Report of the Municipal Commissioner on the plague in Bombay for the year ending 31st May... - Volume 2
Disease focus: Plague
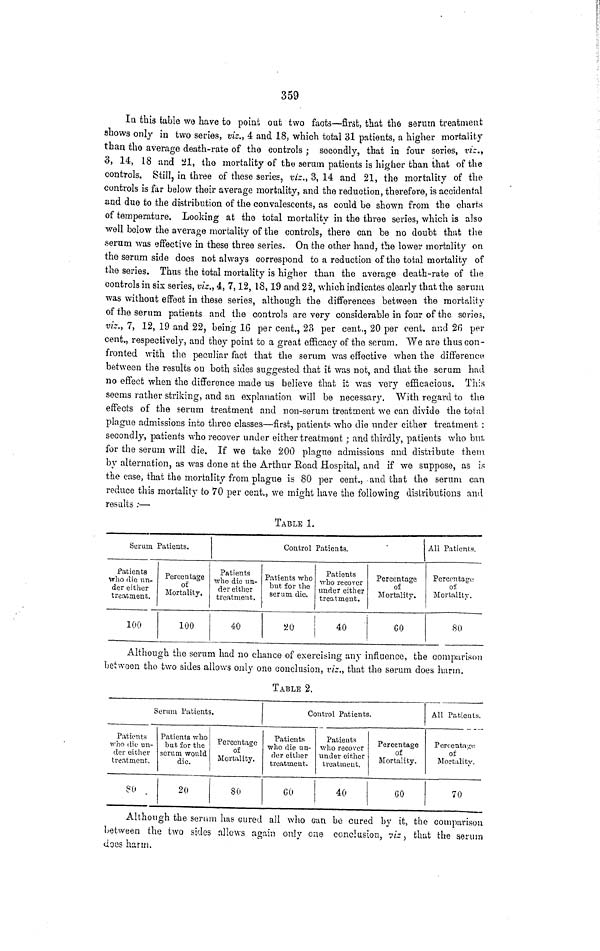
359
In this table we have to point out two facts—first, that the serum treatment
shows only in two series, viz., 4 and 18, which total 31 patients, a higher mortality
than the average death-rate of the controls ; secondly, that in four series, viz.,
3, 14, 18 and 21, the mortality of the serum patients is higher than that of the
controls. Still, in three of these series, vis., 3, 14 and 21, the mortality of the
controls is far below their average mortality, and the reduction, therefore, is accidental
and due to the distribution of the convalescents, as could be shown from the charts
of temperature. Looking at the total mortality in the three series, which is also
well below the average mortality of the controls, there can be no doubt that the
serum was effective in these three series. On the other hand, the lower mortality on
the serum side does not always correspond to a reduction of the total mortality of
the series. Thus the total mortality is higher than the average death-rate of the
controls in six series, viz., 4, 7, 12, 18, 19 and 22, which indicates clearly that, the serum
was without effect in these series, although the differences between the mortality
of the serum patients and the controls are very considerable in four of the series,
viz., 7, 12, 19 and 22, being 16 per cent., 23 per cent., 20 per cent. and 26 per
cent., respectively, and they point to a great efficacy of the serum. We aro thus con-
fronted with the peculiar fact that the serum was effective when the difference
between the results ou both sides suggested that it was not, and that the serum had
no effect when the difference made us believe that it was very efficacious. This
seems rather striking, and an explanation will be necessary. With regard to the
effects of the serum treatment and non-serum treatment we can divide the total
plague admissions into three classes—first, patients who die under either treatment :
secondly, patients who recover under either treatment ; and thirdly, patients who but
for the serum will die. If we take 200 plague admissions and distribute them
by alternation, as was done at the Arthur Road Hospital, and if we suppose, as is
the case, that the mortality from plague is 80 per cent., and that the serum can
reduce this mortality to 70 per cent., we might have the following distributions and
results ;—
TABLE 1.
Serum Patients.
Patients
who die un-
der either
treatment.
100
Percentage
of
Mortality.
100
Patients
who die un-
der either
treatment.
40
Control Patient3.
Patients who
but for the
serum die.
20
Patients
who recover
under either
treatment.
40
Percentage
of
Mortality.
60
All Patient?,
Percentage
of
Mortality.
80
Although the serum had no chance of exercising any influence, the comparison
between the two sides allows only one conclusion, viz., that the serum does harm.
TABLE 2.
Serum Patients.
Patients
who die un-
der either
treatment.
80
Patients who
but for the
serum would
die.
20
Percentage
of
Mortality.
80
Control Patients.
Patients
who die un-
der either
treatment.
60
Patients
who recover
under either
treatment.
40
Percentage
of
Mortality.
60
All Patients.
Percentage
of
Mortality.
70
Although the serum has cured all who can be cured by it, the comparison
between the two sides allows again only one conclusion, viz , that the serum
does harm.